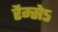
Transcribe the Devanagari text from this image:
रैम्सेऽ